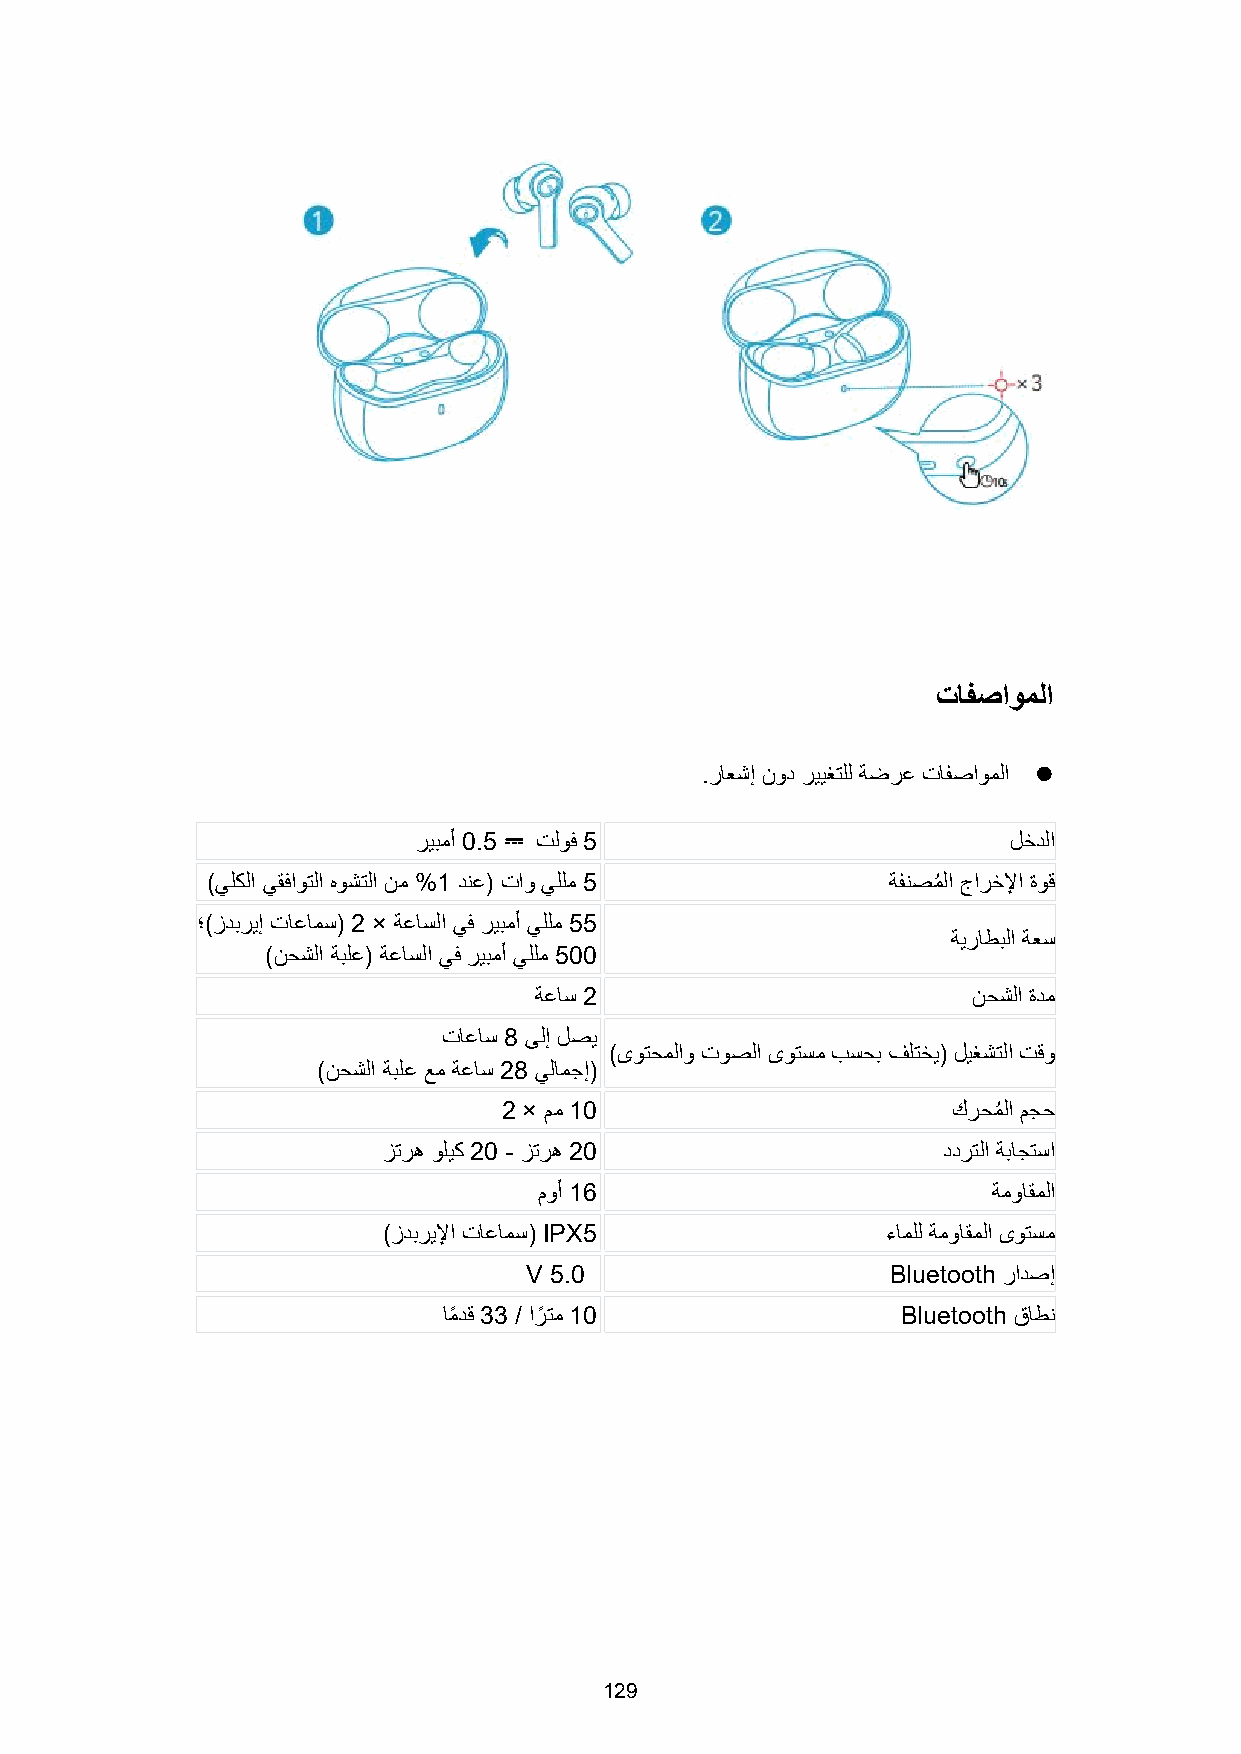
تافصاوملا
 .راعشإ نود رييغتلل ةضرع تافصاوًلا 
 ريبًأ 0.5 تلوف 5                        لخدلا
 ⎓
 )يلكلا يقفاوتلا هوشتلا نً %1 دنع( تاو يللً 5 ةفنصًم لا جارخلا ةوق
 ؛)زدبريإ تاعاًس( 2 × ةعاسلا يف ريبًأ يللً 55
 ةيراطبلا ةعس
 )نحشلا ةبلع( ةعاسلا يف ريبًأ يللً 500
 ةعاس 2                       نحشلا ةدً
 تاعاس 8 ىلإ لصي
 )ىوتحًلاو توصلا ىوتسً بسحب فلتخي( ليغشتلا تقو
 )نحشلا ةبلع عً ةعاس 28 يلاًجإ(
 2 × مً 10                     كرحًم لا مجح
 زتره وليك 20 - زتره 20               ددرتلا ةباجتسا
 موأ 16                        ةًواقًلا
 )زدبريلا تاعاًس( IPX5             ءاًلل ةًواقًلا ىوتسً
 V 5.0                   Bluetooth رادصإ
 اًم دق 33 / ارم تً 10          Bluetooth قاطن
 129